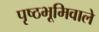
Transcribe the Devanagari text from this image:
पृष्ठभूमिवाले